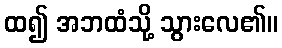
ထ၍ အဘထံသို့ သွားလေ၏။